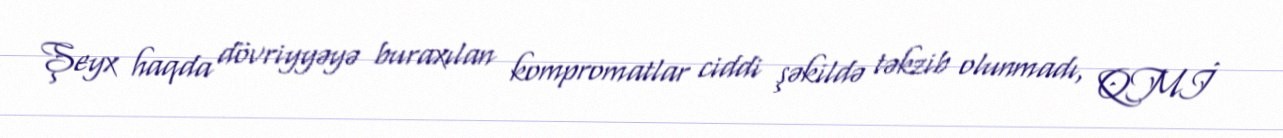
Şeyx haqda dövriyyəyə buraxılan kompromatlar ciddi şəkildə təkzib olunmadı, QMİ